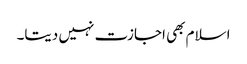
اسلام بھی اجازت نہیں دیتا۔